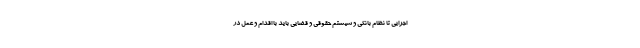
اجرایی تا نظام بانکی و سیستم حقوقی و قضایی باید با اقدام و عمل در